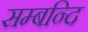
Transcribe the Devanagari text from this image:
सम्बन्दि